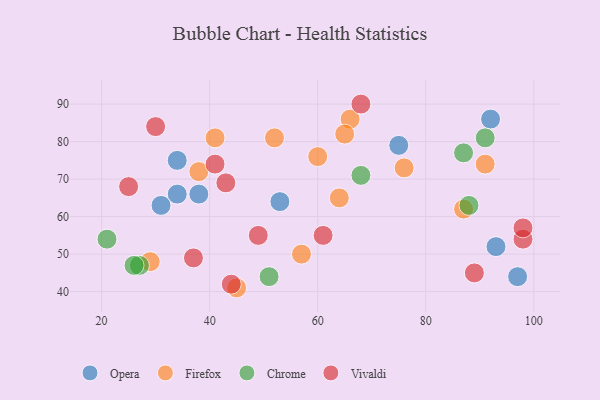
{"axis": {"x": "GDP", "y": "Life Expectancy"}, "legend": ["Chrome", "Firefox", "Opera", "Vivaldi"], "data": [{"x": "97", "y": 44, "type": "Opera"}, {"x": "34", "y": 66, "type": "Opera"}, {"x": "31", "y": 63, "type": "Opera"}, {"x": "92", "y": 86, "type": "Opera"}, {"x": "38", "y": 66, "type": "Opera"}, {"x": "53", "y": 64, "type": "Opera"}, {"x": "75", "y": 79, "type": "Opera"}, {"x": "34", "y": 75, "type": "Opera"}, {"x": "93", "y": 52, "type": "Opera"}, {"x": "64", "y": 65, "type": "Firefox"}, {"x": "29", "y": 48, "type": "Firefox"}, {"x": "87", "y": 62, "type": "Firefox"}, {"x": "38", "y": 72, "type": "Firefox"}, {"x": "41", "y": 81, "type": "Firefox"}, {"x": "57", "y": 50, "type": "Firefox"}, {"x": "45", "y": 41, "type": "Firefox"}, {"x": "52", "y": 81, "type": "Firefox"}, {"x": "76", "y": 73, "type": "Firefox"}, {"x": "60", "y": 76, "type": "Firefox"}, {"x": "91", "y": 74, "type": "Firefox"}, {"x": "66", "y": 86, "type": "Firefox"}, {"x": "65", "y": 82, "type": "Firefox"}, {"x": "27", "y": 47, "type": "Chrome"}, {"x": "68", "y": 71, "type": "Chrome"}, {"x": "26", "y": 47, "type": "Chrome"}, {"x": "88", "y": 63, "type": "Chrome"}, {"x": "51", "y": 44, "type": "Chrome"}, {"x": "87", "y": 77, "type": "Chrome"}, {"x": "91", "y": 81, "type": "Chrome"}, {"x": "21", "y": 54, "type": "Chrome"}, {"x": "37", "y": 49, "type": "Vivaldi"}, {"x": "98", "y": 54, "type": "Vivaldi"}, {"x": "41", "y": 74, "type": "Vivaldi"}, {"x": "43", "y": 69, "type": "Vivaldi"}, {"x": "68", "y": 90, "type": "Vivaldi"}, {"x": "89", "y": 45, "type": "Vivaldi"}, {"x": "49", "y": 55, "type": "Vivaldi"}, {"x": "61", "y": 55, "type": "Vivaldi"}, {"x": "98", "y": 57, "type": "Vivaldi"}, {"x": "25", "y": 68, "type": "Vivaldi"}, {"x": "44", "y": 42, "type": "Vivaldi"}, {"x": "30", "y": 84, "type": "Vivaldi"}]}